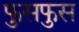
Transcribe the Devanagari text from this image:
फुसफुस